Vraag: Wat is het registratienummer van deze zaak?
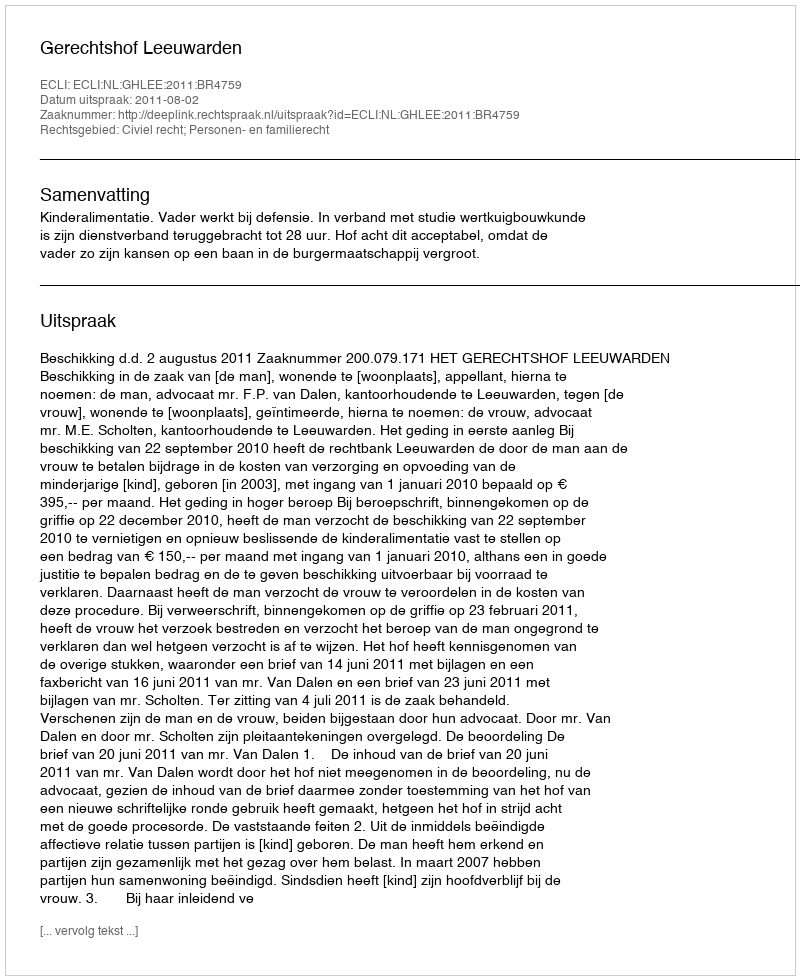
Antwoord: http://deeplink.rechtspraak.nl/uitspraak?id=ECLI:NL:GHLEE:2011:BR4759